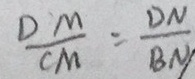
\frac { D M } { C M } = \frac { D N } { B N }